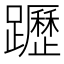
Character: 𨇗